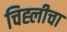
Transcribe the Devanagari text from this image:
चिह्लीचा